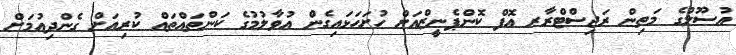
އުސޫލުގެ މަތިން ރަޖިސްޓްރާރ އޮފް ކޮންޕެނީޒްއަށް ހުށަހަޅައިގެން އުވާލުމުގެ ކަންތައްތައް ކުރިއަށް ގެންދިއުމަށް